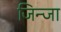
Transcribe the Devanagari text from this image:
जिन्जा